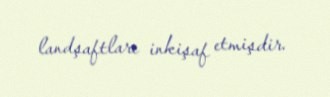
landşaftları inkişaf etmişdir.